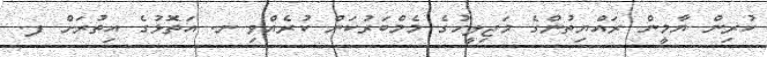
ކުރިން ޔާމީން ރައްޔިތުންގެ މަޖިލީހުގެ މެމްބަރުކަން ކުރެއްވި ނ. އަތޮޅުގެ އިތުރަށް ފ.